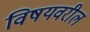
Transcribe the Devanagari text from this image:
विषयवरील